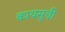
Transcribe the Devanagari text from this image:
कायसूची